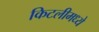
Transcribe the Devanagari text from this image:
किटलीमध्ये